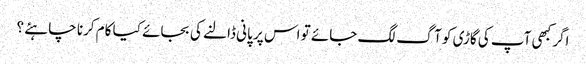
اگر کبھی آپ کی گاڑی کو آگ لگ جائے تو اس پر پانی ڈالنے کی بجائے کیا کام کرنا چاہئے ؟